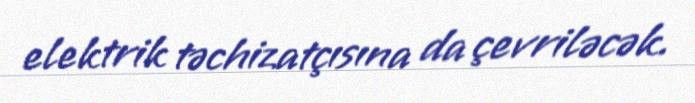
elektrik təchizatçısına da çevriləcək.